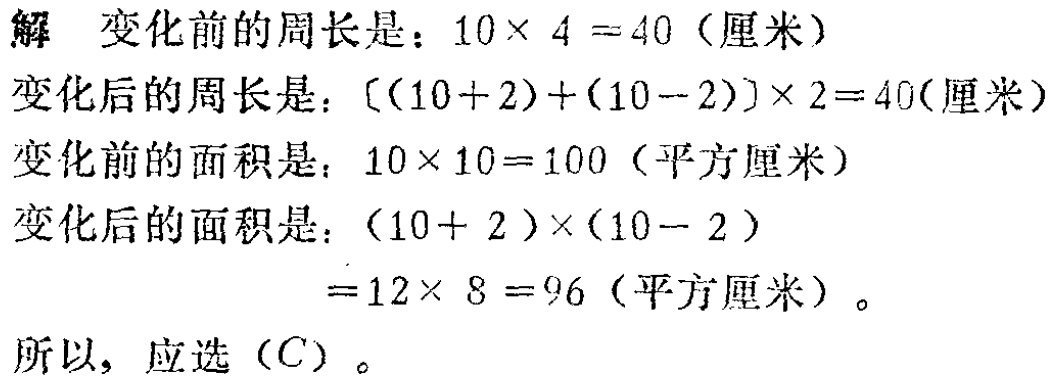
解 变化前的周长是：\(10\times 4 = 40\)（厘米）

变化后的周长是：\([(10 + 2)+(10 - 2)]\times 2 = 40\)(厘米）

变化前的面积是：\(10\times 10 = 100\)（平方厘米）

变化后的面积是：\((10 + 2)\times(10 - 2)\)

\(= 12\times 8 = 96\)（平方厘米）。

所以，应选（C）。